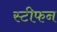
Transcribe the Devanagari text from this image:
स्‍टीफन